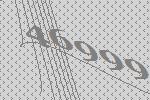
46999